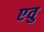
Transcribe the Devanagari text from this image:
एवु